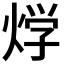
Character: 𤊀